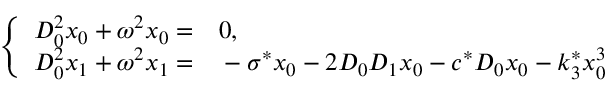
\left\{ \begin{array} { r l } { D _ { 0 } ^ { 2 } x _ { 0 } + \omega ^ { 2 } x _ { 0 } = } & { { } 0 , } \\ { D _ { 0 } ^ { 2 } x _ { 1 } + \omega ^ { 2 } x _ { 1 } = } & { { } - \sigma ^ { * } x _ { 0 } - 2 D _ { 0 } D _ { 1 } x _ { 0 } - c ^ { * } D _ { 0 } x _ { 0 } - k _ { 3 } ^ { * } x _ { 0 } ^ { 3 } } \end{array} \right.